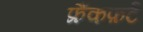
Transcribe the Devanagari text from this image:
फ्रैंकफ़र्ट